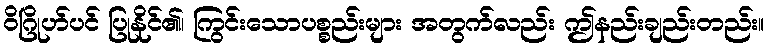
ဝိဂြိုဟ်ပင် ပြုနိုင်၏၊ ကြွင်းသောပစ္စည်းများ အတွက်လည်း ဤနည်းချည်းတည်း။